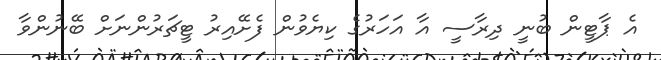
އެ ޕާޓީން ބުނީ ދިރާސީ އާ އަހަރުގެ ކިޔެވުން ފެށޭއިރު ޓީޗަރުންނަށް ބޭނުންވާ